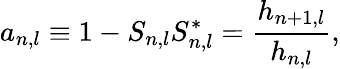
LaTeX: a_{n,l}\equiv 1-S_{n,l}S_{n,l}^{*}=\frac{h_{n+1,l}}{h_{n,l}},